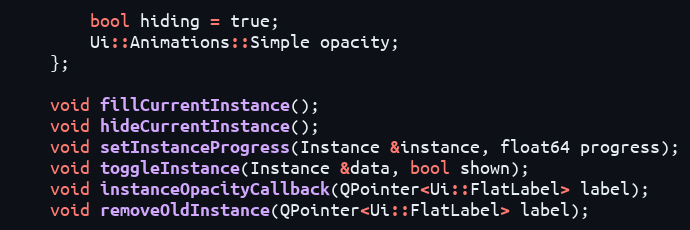
Language: C++
		bool hiding = true;
		Ui::Animations::Simple opacity;
	};

	void fillCurrentInstance();
	void hideCurrentInstance();
	void setInstanceProgress(Instance &instance, float64 progress);
	void toggleInstance(Instance &data, bool shown);
	void instanceOpacityCallback(QPointer<Ui::FlatLabel> label);
	void removeOldInstance(QPointer<Ui::FlatLabel> label);